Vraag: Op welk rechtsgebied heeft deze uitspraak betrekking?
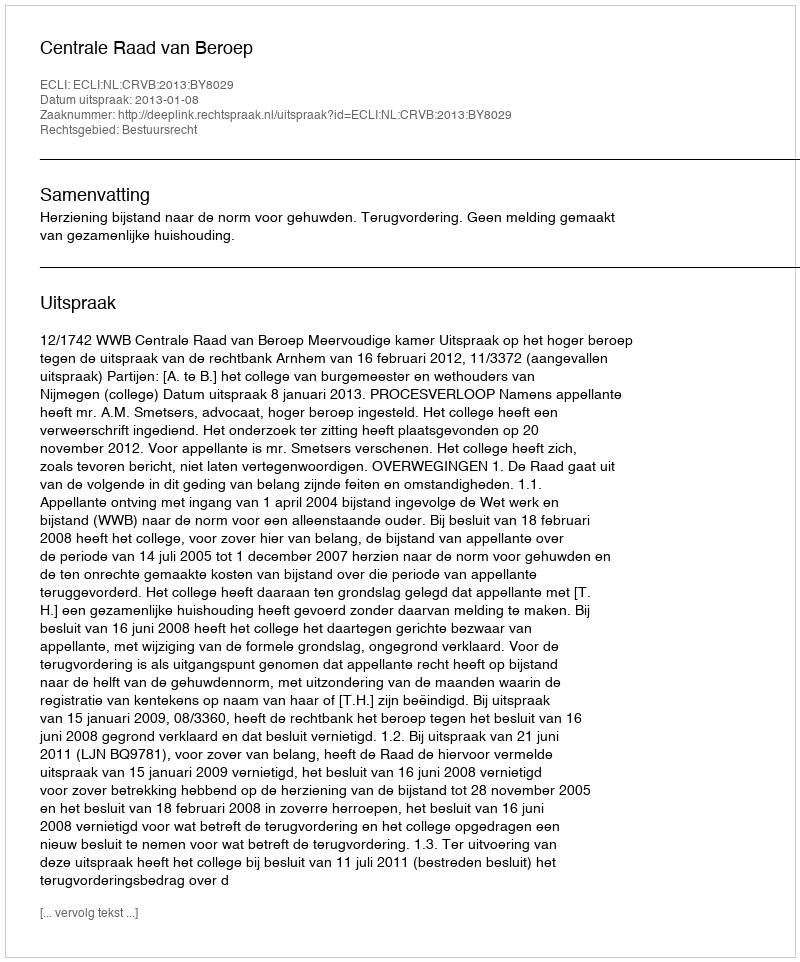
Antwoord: Bestuursrecht